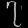
Digit: ၇